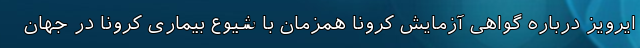
ایرویز درباره گواهی آزمایش کرونا همزمان با شیوع بیماری کرونا در جهان